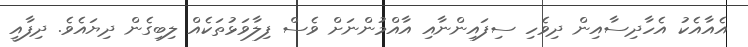
އެއާއެކު އެހާދިސާއިން ދިވެހި ސިފައިންނާއި އާއްމުންނަށް ވެސް ފިލާވަޅުތަކެއް ލިބިގެން ދިޔައެވެ. ދިފާއީ